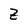
Character: Z